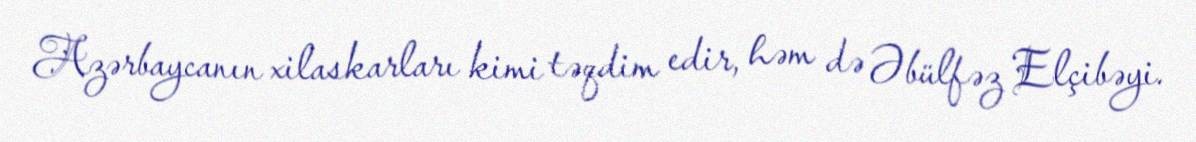
Azərbaycanın xilaskarları kimi təqdim edir, həm də Əbülfəz Elçibəyi.